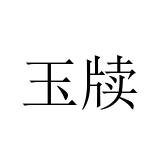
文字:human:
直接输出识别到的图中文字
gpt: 玉牍